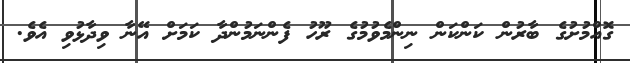
ގޮއްމުށުގެ ބާރުން ކަންކަން ނިންމެވުމުގެ ރޫހު ފެންނަމުންދާ ކަމަށް އޭނާ ވިދާޅުވި އެވެ.